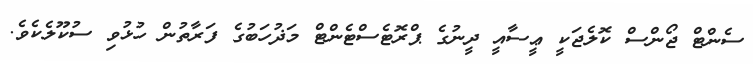
ސެންޓް ޖޯންސް ކޮލެޖަކީ ޢީސާއީ ދީނުގެ ޕްރޮޓެސްޓެންޓް މަޛުހަބުގެ ފަރާތުން ހުޅުވި ސުކޫލެކެވެ.